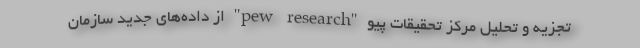
تجزیه و تحلیل مرکز تحقیقات پیو "pew research" از داده‌های جدید سازمان